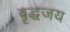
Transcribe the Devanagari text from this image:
वृद्धजय